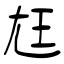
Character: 尪